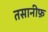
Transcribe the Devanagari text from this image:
तसानीफ़